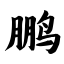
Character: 鹏